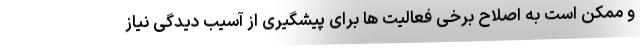
و ممکن است به اصلاح برخی فعالیت ها برای پیشگیری از آسیب دیدگی نیاز